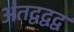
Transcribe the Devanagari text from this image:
अंतद्वद्वद्व